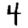
Digit: 4